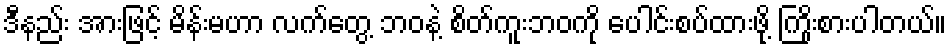
ဒီနည်း အားဖြင့် မိန်းမဟာ လက်တွေ့ ဘဝနဲ့ စိတ်ကူးဘဝကို ပေါင်းစပ်ထားဖို့ ကြိုးစားပါတယ်။